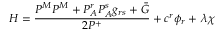
H = \frac { P ^ { M } P ^ { M } + P _ { A } ^ { r } P _ { A } ^ { s } g _ { r s } + \bar { G } } { 2 P ^ { + } } + c ^ { r } \phi _ { r } + \, \lambda \chi